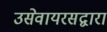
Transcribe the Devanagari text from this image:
उसेवायरसद्वारा